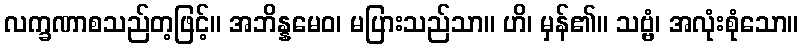
လက္ခဏာစသည်တ့ဖြင့်။ အဘိန္နမေဝ၊ မပြားသည်သာ။ ဟိ၊ မှန်၏။ သဗ္ဗံ၊ အလုံးစုံသော။